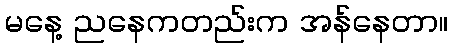
မနေ့ ညနေကတည်းက အန်နေတာ။